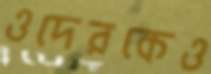
ওদেরকেও